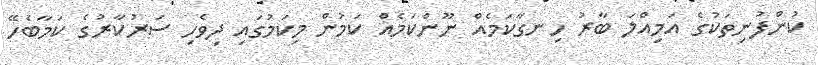
ކުންފުނިތަކުގެ އަމިއްލަ ބާރު ހިނގާކަމެއް ނޫންކަމެއް ކަމުން މިކަމުގައި ދިވެހި ސަރުކާރުގެ ކަމާބެހޭ